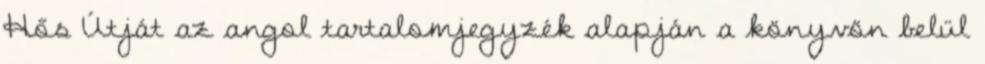
Hős Útját az angol tartalomjegyzék alapján a könyvön belül